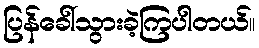
ပြန်ခေါ်သွားခဲ့ကြပါတယ်။